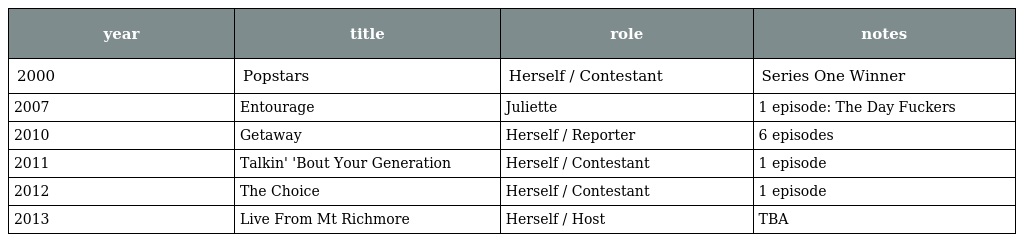
| year | title | role | notes |
 | --- | --- | --- | --- |
 | 2000 | Popstars | Herself / Contestant | Series One Winner |
 | 2007 | Entourage | Juliette | 1 episode: The Day Fuckers |
 | 2010 | Getaway | Herself / Reporter | 6 episodes |
 | 2011 | Talkin' 'Bout Your Generation | Herself / Contestant | 1 episode |
 | 2012 | The Choice | Herself / Contestant | 1 episode |
 | 2013 | Live From Mt Richmore | Herself / Host | TBA |